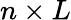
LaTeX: n\times L